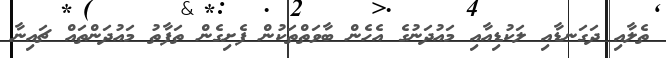
ތެލާއި ދަގަނޑާއި ލަކުޑިއާއި މައުދަނުގެ އެހެން ބާވަތްތަކުން ފެށިގެން ތަފާތު މައުދަންތައް ޗައިނާ